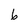
Character: 6